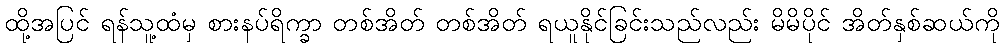
ထို့အပြင် ရန်သူ့ထံမှ စားနပ်ရိက္ခာ တစ်အိတ် တစ်အိတ် ရယူနိုင်ခြင်းသည်လည်း မိမိပိုင် အိတ်နှစ်ဆယ်ကို